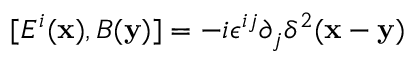
[ E ^ { i } ( { \bf x } ) , B ( { \bf y } ) ] = - i \epsilon ^ { i j } \partial _ { j } \delta ^ { 2 } ( { \bf x } - { \bf y } )